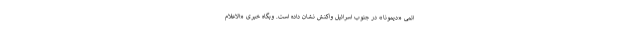
اتمی «دیمونا» در جنوب اسرائیل واکنش نشان داده است. وبگاه خبری «الاعلام